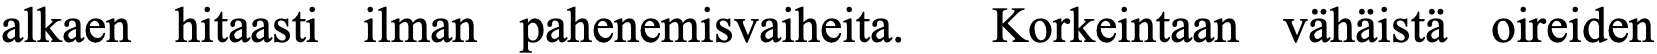
alkaen hitaasti ilman pahenemisvaiheita. Korkeintaan vähäistä oireiden